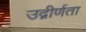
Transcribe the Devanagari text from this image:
उद्गीर्णता